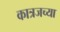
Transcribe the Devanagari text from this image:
कात्रजच्या